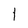
Character: l